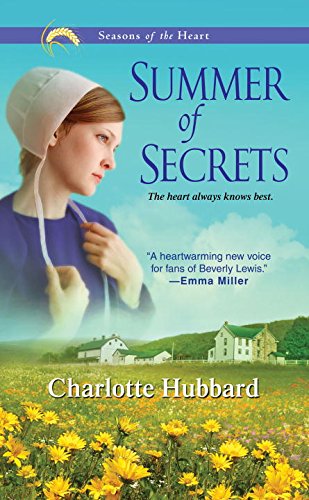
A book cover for Summer of Secrets (Seasons of the Heart); Charlotte Hubbard; Romance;